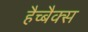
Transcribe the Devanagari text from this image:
हैच्बैक्स